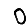
Digit: 0